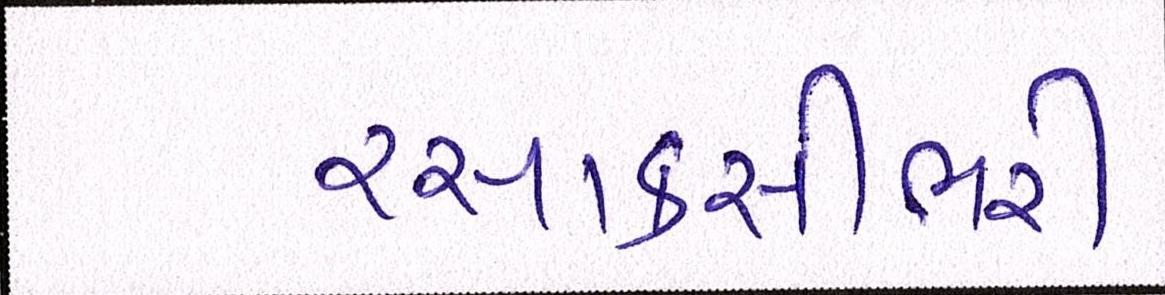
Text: રસાકસીભરી